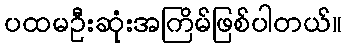
ပထမဦးဆုံးအကြိမ်ဖြစ်ပါတယ်။